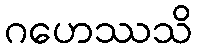
ဂဟေဿသိ